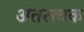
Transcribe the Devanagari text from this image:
अंतरत्वक